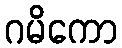
ဂမိကော